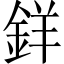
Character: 𨦡